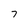
Character: 7